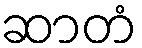
ဆာတံ